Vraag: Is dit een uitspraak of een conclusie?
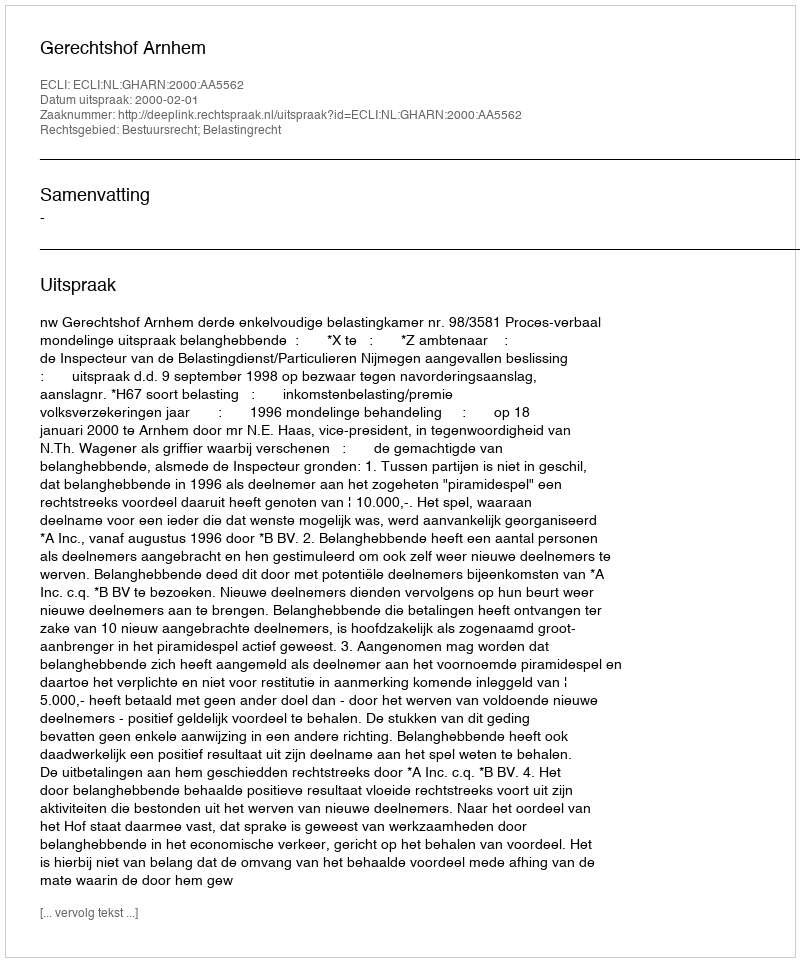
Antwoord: Uitspraak